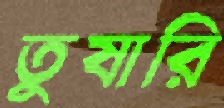
তুষারি